Annual report of the Central Committee of the Association together with the report of the directors of the Pasteur Institute at Kasauli
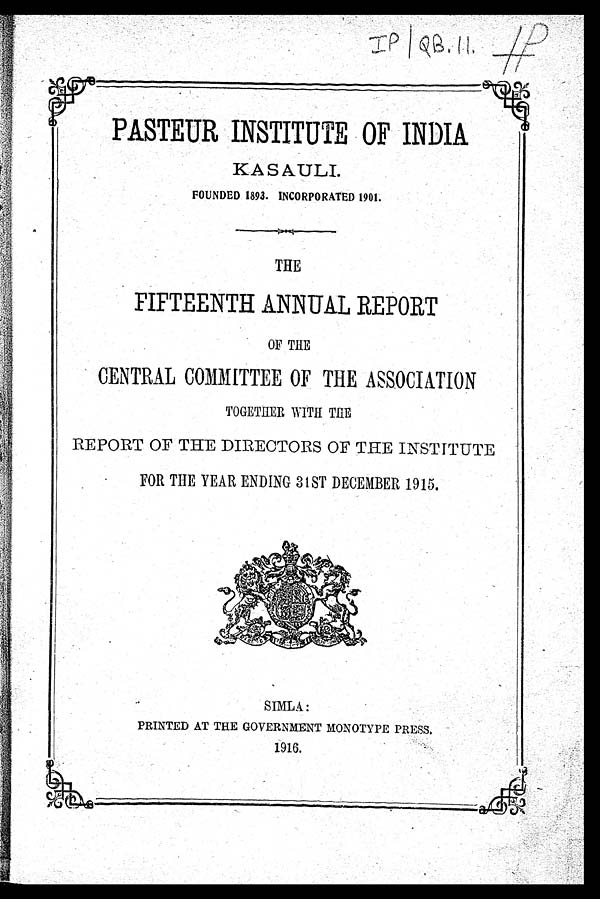
PASTEUR INSTITUTE OF INDIA
KASUALI.
FOUNDED 1893. INCORPORATED 1901.
THE
FIFTEENTH ANNUAL REPORT
OF THE
CENTRAL COMMITTEE OF THE ASSOCIATION
TOGETHER WITH THE
REPORT OF THE DIRECTORS OF THE INSTITUTE
FOR THE YEAR ENDING 31ST DECEMBER 1915.
SIMLA :
PRINTED AT THE GOVERNMENT MONOTYPE PRESS,
1916.
a